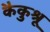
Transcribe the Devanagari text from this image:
कैकुश्रू